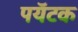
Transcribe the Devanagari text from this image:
पयॅटक